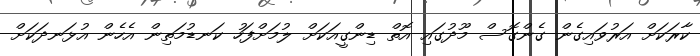
ކާރަކަށް އަރުވައިގެން ގެންގޮސް މޫދުގައި އޮތް ޑިންގީއަކަށް ލުމަށްފަހު ކަނޑުމަތިން އެހެން އުޅަނދަކަށް